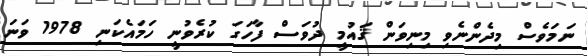
ނަމަވެސް މިދެންނެވި މިނިވަން ޤައުމީ ދުވަސް ފާހަގަ ކުރެވުނީ ހަމައެކަނި 1978 ވަނަ